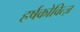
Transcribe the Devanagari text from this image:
हर्षकोवित्ज़